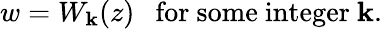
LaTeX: w=W_{\mathbf{k}}(z)\ \ {\mathrm{{~for~some~integer~}}}\mathbf{k}.